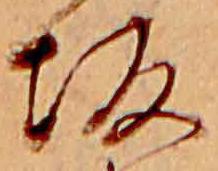
坂